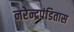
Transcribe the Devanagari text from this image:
नरेन्द्रपंडितास